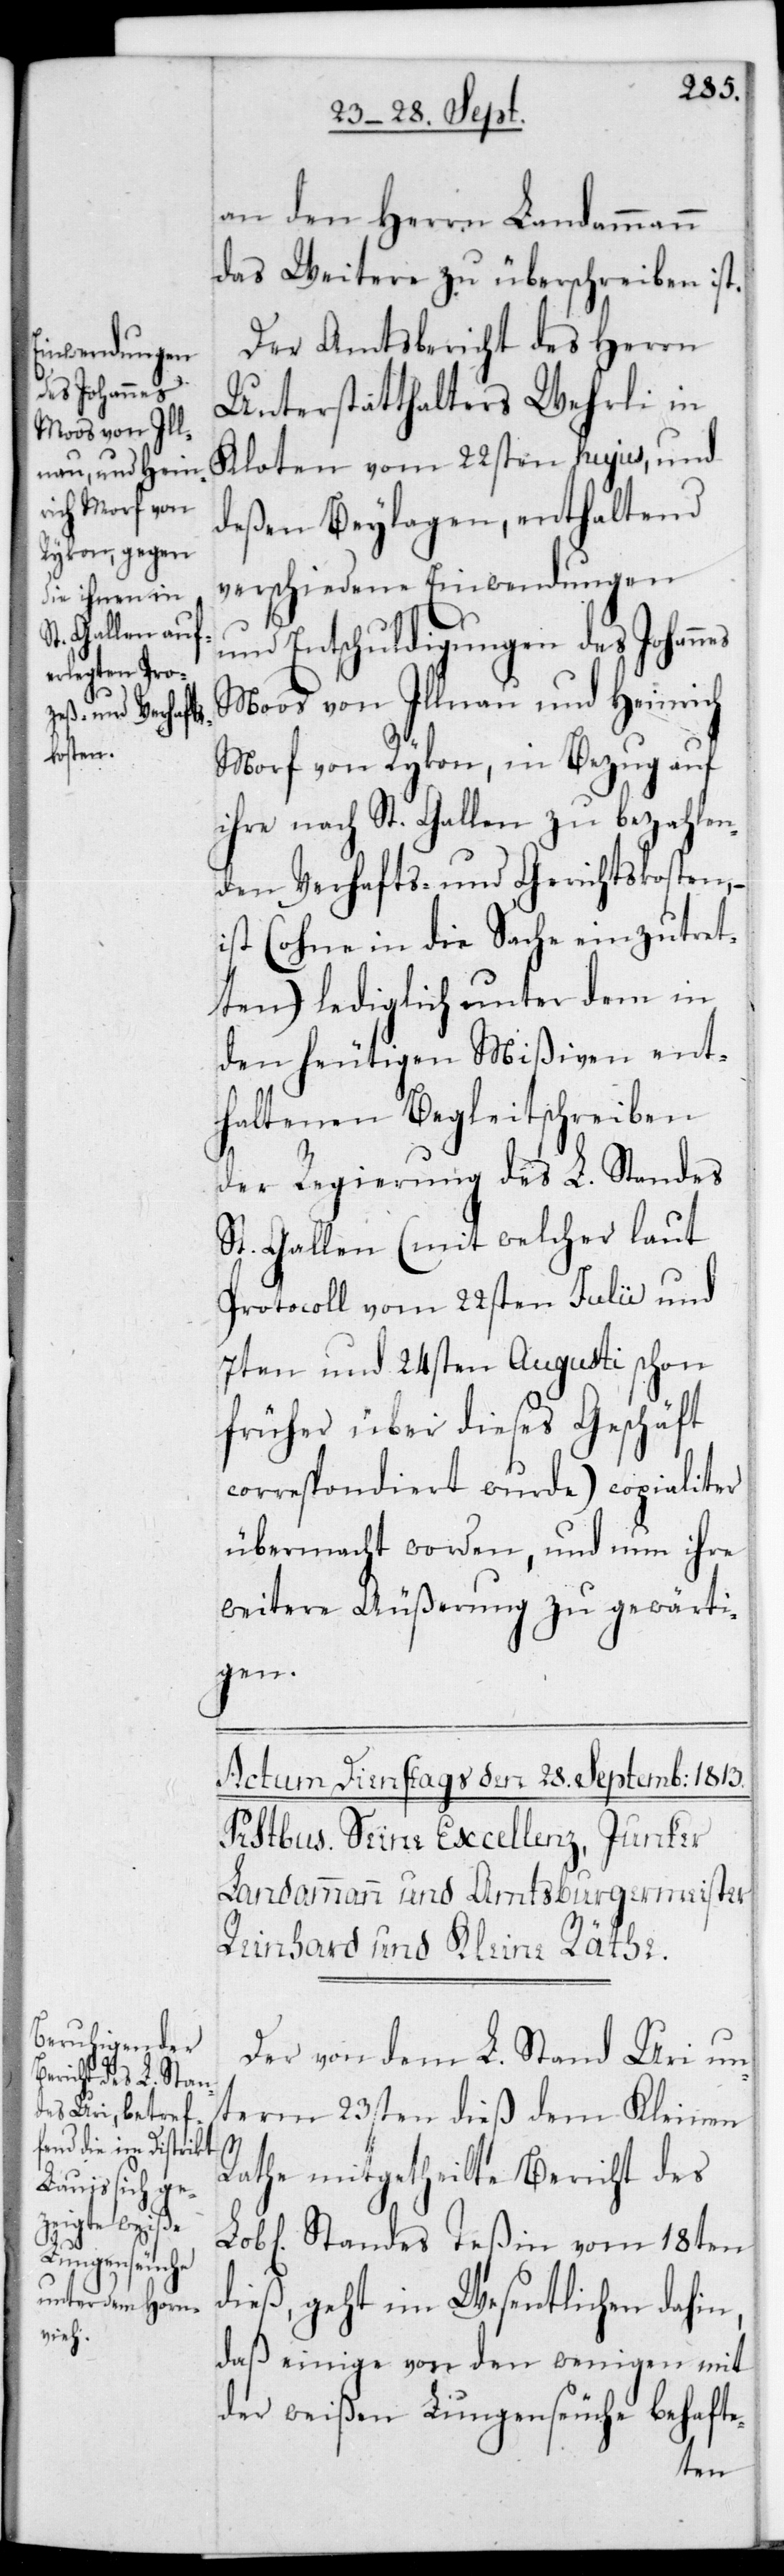
an den Herrn Landammann
das Weitere zu überschreiben ist.
Der Amtsbericht des Herrn
Unterstatthalters Wehrli in
Kloten vom 22sten hujus, und
deßen Beylagen, enthaltend
verschiedene Einwendungen
und Entschuldigungen des Johan¬
Moos von Illnau und Heinrich
Morf von Rykon, in Bezug auf
ihre nach St. Gallen zu bezahlen¬
den Verhafts- und Gerichtskosten, –
ist (ohne in die Sache einzutret¬
ten) lediglich unter dem in
den heutigen Mißiven ent¬
haltenen Begleitschreiben
der Regierung des L. Standes
St. Gallen (mit welcher laut
Protocoll vom 22sten Julii und
7ten und 24sten Augusti schon
früher über dieses Geschäft
correspondiert wurde) copialiter
übermacht worden, und nun ihre
weitere Äußerung zu gewärti¬
gen.
Der von dem L. Stand Uri un¬
term 23sten dieß dem Kleinen
nes
Rathe mitgetheilte Bericht des
L. Standes Teßin vom 18ten
dieß, geht im Wesentlichen dahin,
daß einige von den wenigen mit
der weißen Lungenseuche behafte-